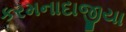
કરમનાદાજીયા